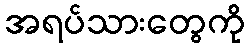
အရပ်သားတွေကို